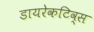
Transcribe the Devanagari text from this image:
डायरेकटिव्स